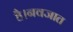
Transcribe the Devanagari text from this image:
है।नवजात